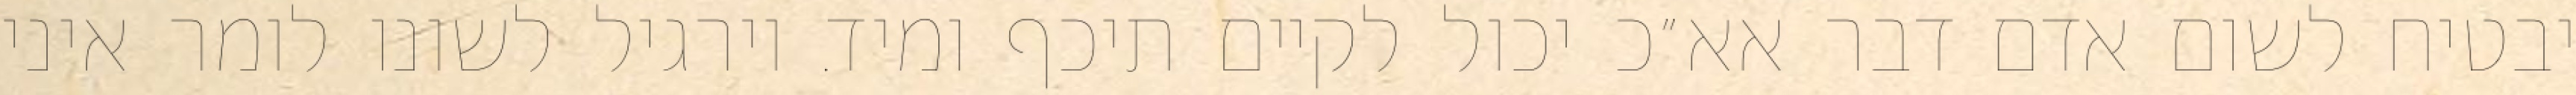
יבטיח לשום אדם דבר אא״כ יכול לקיים תיכף ומיד. וירגיל לשונו לומר איני